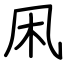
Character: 凩